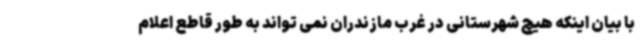
با بیان اینکه هیچ شهرستانی در غرب مازندران نمی تواند به طور قاطع اعلام